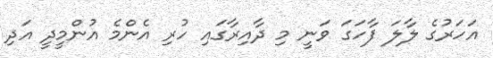
އަހަރުގެ ލާލަ ފާހަގަ ވަނީ މި ދާއިރާގައި ހުރި އެންމެ އުންމީދީ އަދި